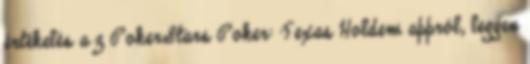
értékelés a z PokerStars Poker: Texas Holdem appról, legyen